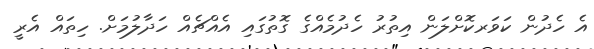
އެ ހެދުން ކަވަރކޮށްލަން އިތުރު ހެދުމެއްގެ ގޮތުގައި އެއްޗެއް ހަދާލުމަށް. ހިތައް އެރީ